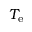
T _ { \mathrm { e } }